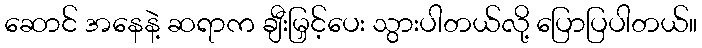
ဆောင် အနေနဲ့ ဆရာက ချီးမြှင့်ပေး သွားပါတယ်လို့ ပြောပြပါတယ်။